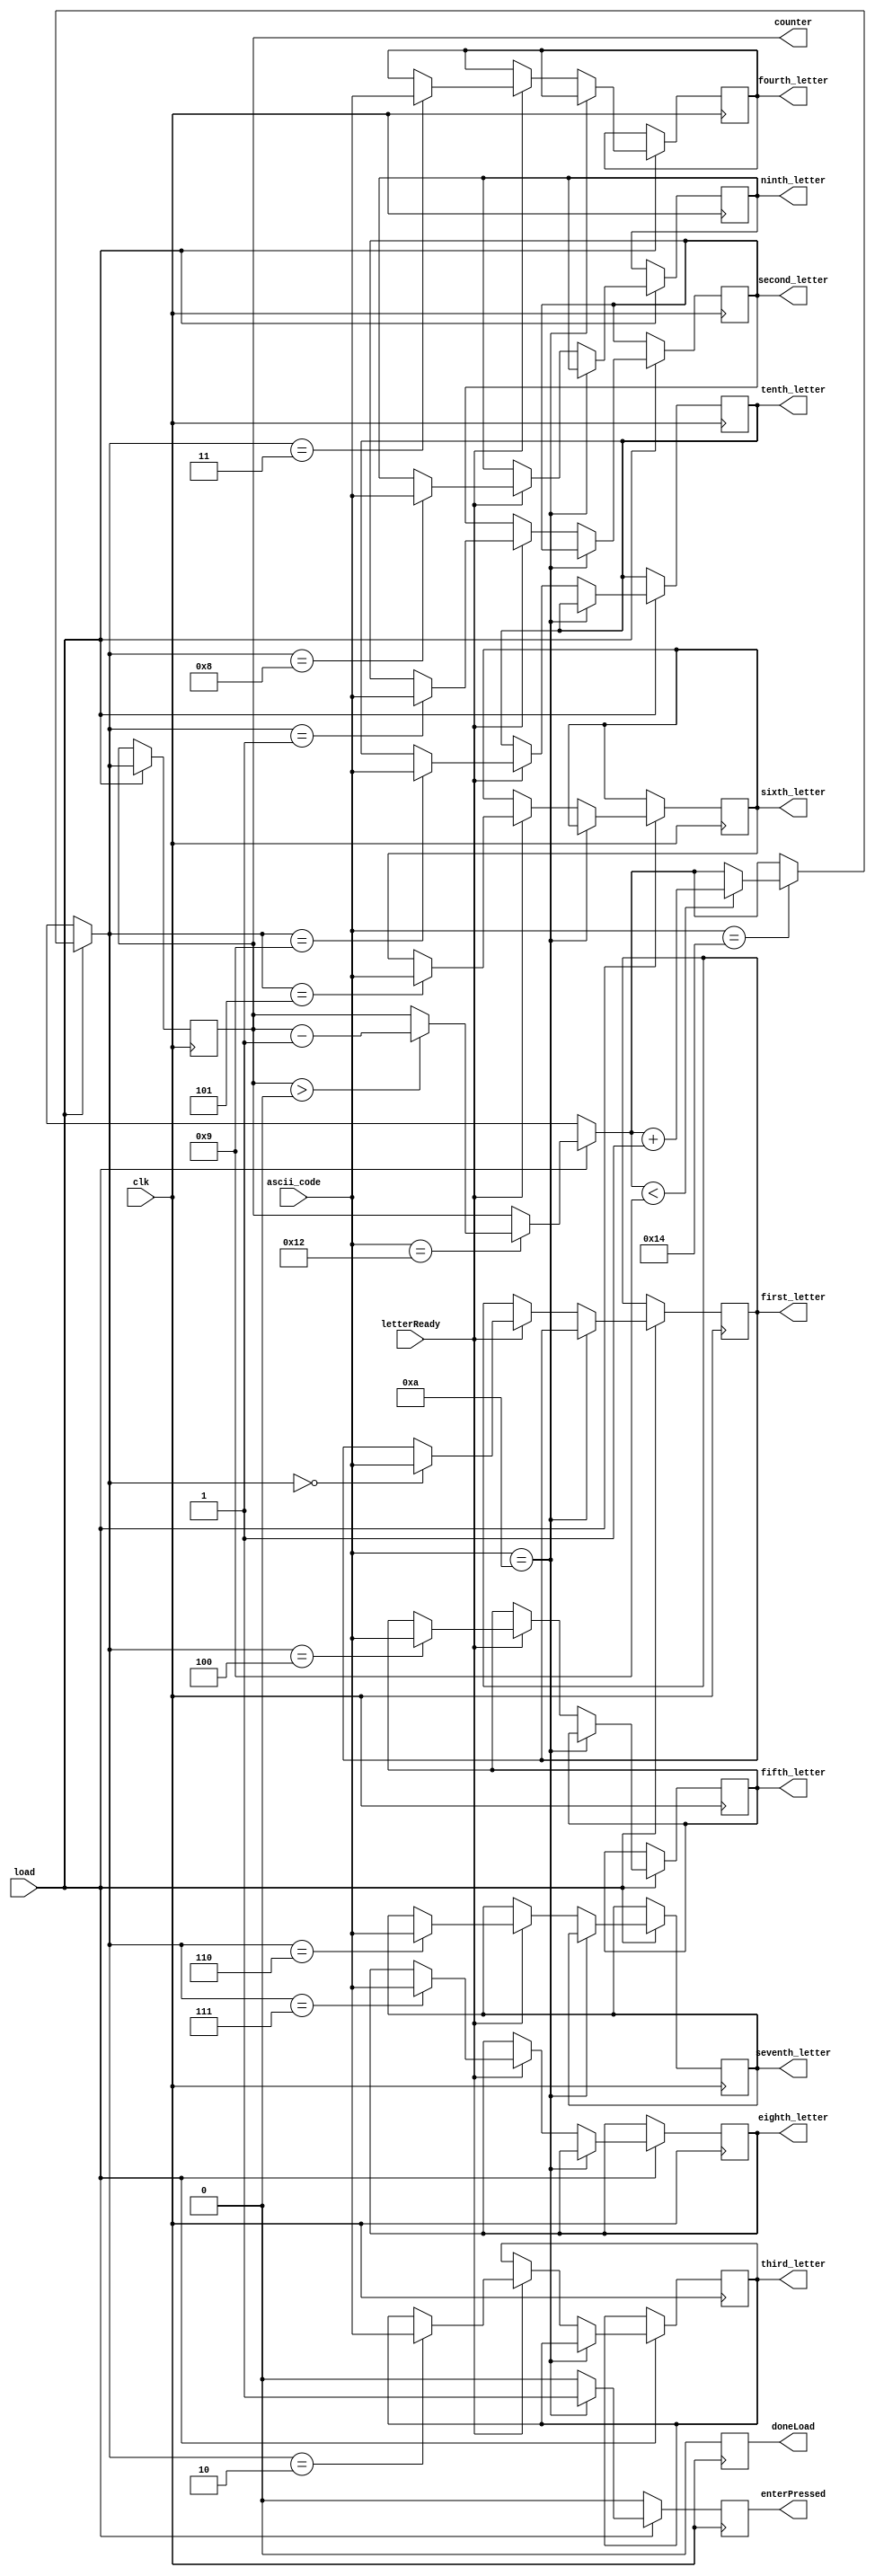
module load(clk, load,letterReady, ascii_code, doneLoad, enterPressed, counter, first_letter, second_letter, third_letter, fourth_letter, fifth_letter, sixth_letter, seventh_letter, eighth_letter, ninth_letter, tenth_letter);
    input clk, load;

	 input [7:0] ascii_code; // 10 words in ascii, this is input to demux
    output reg [7:0]first_letter; 
    output reg [7:0]second_letter; 
    output reg [7:0]third_letter; 
    output reg [7:0]fourth_letter; 
    output reg [7:0]fifth_letter;
    output reg [7:0]sixth_letter; 
    output reg [7:0]seventh_letter;
    output reg [7:0]eighth_letter;
	  output reg [7:0]ninth_letter;
    output reg [7:0]tenth_letter;
    output reg doneLoad, enterPressed;
    input letterReady;
    output reg [3:0] counter;
	 
    always @(posedge clk)
    begin
        doneLoad <= 0;
        enterPressed <= 0;
        if(load) begin
          if(ascii_code == 8'h12)
            begin
              if(counter > 0)
                counter = counter - 1;
              doneLoad <= 1;
            end
          if(ascii_code == 8'h14)
            begin
              if(counter < 9)
                counter = counter + 1;
              doneLoad <= 1;
            end
          if(ascii_code == 8'h0A)
            begin
              doneLoad <= 1;
              enterPressed <= 1;
            end
          else if (letterReady) 
            begin
              if(counter == 0)
                  begin
                    first_letter <= ascii_code[7:0];
                    doneLoad <= 1;
                  end
              if(counter == 1)
                  begin
                    second_letter <= ascii_code[7:0]; 
                    doneLoad <= 1;
                  end
              if(counter == 2)
                  begin
                    third_letter <= ascii_code[7:0];
                    doneLoad <= 1;
                  end
              if(counter == 3)
                  begin
                    fourth_letter <= ascii_code[7:0];
                    doneLoad <= 1;
                  end
              if(counter == 4)
                  begin
                    fifth_letter <= ascii_code[7:0];
                    doneLoad <= 1;
                  end
              if(counter == 5)
                  begin
                    sixth_letter <= ascii_code[7:0];
                    doneLoad <= 1;
                  end
              if(counter == 6)
                  begin
                    seventh_letter <= ascii_code[7:0];
                    doneLoad <= 1;
                  end
              if(counter == 7)
                  begin
                    eighth_letter <= ascii_code[7:0];
                    doneLoad <= 1;
                        
                  end
              if(counter == 8)
                  begin
                    ninth_letter <= ascii_code[7:0];
                    doneLoad <= 1;
                        
                  end
              if(counter == 9)
                  begin
                    tenth_letter <= ascii_code[7:0];
                    doneLoad <= 1;
                  end
          end
          doneLoad <= 1'b0;
        end
    end 
endmodule